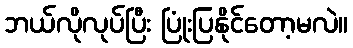
ဘယ်လိုလုပ်ပြီး ပြုံးပြနိုင်တော့မလဲ။